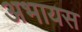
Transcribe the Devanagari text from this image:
अभायस